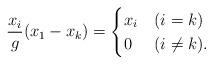
LaTeX: \begin{align*} \frac{x_i}{g} (x_1-x_k)=\begin{cases}x_i & (i = k)\\0 & (i \neq k).\end{cases}\end{align*}